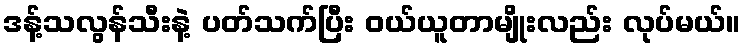
ဒန့်သလွန်သီးနဲ့ ပတ်သက်ပြီး ဝယ်ယူတာမျိုးလည်း လုပ်မယ်။